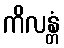
ကိလန္တံ